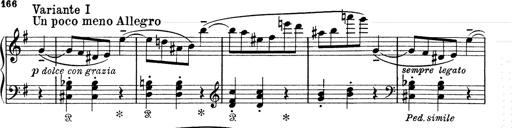
Title: 6 Polish Songs
Composer: Franz Liszt